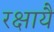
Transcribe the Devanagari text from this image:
रक्षायै